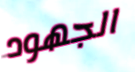
الجهود